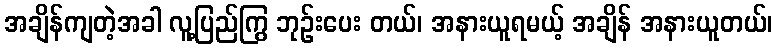
အချိန်ကျတဲ့အခါ လူ့ပြည်ကြွ ဘုဉ်းပေး တယ်၊ အနားယူရမယ့် အချိန် အနားယူတယ်၊